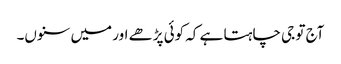
آج تو جی چاہتا ہے کہ کوئی پڑھے اور میں سنوں۔